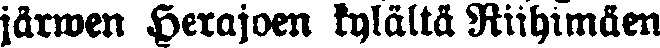
järwen Herajoen kylältä Riihimäen